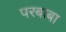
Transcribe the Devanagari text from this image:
परबाबा